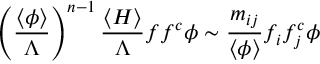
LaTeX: \left( \frac { \langle \phi \rangle } { \Lambda } \right) ^ { n - 1 } \frac { \langle H \rangle } { \Lambda } f f ^ { c } \phi \sim \frac { m _ { i j } } { \langle \phi \rangle } f _ { i } f _ { j } ^ { c } \phi